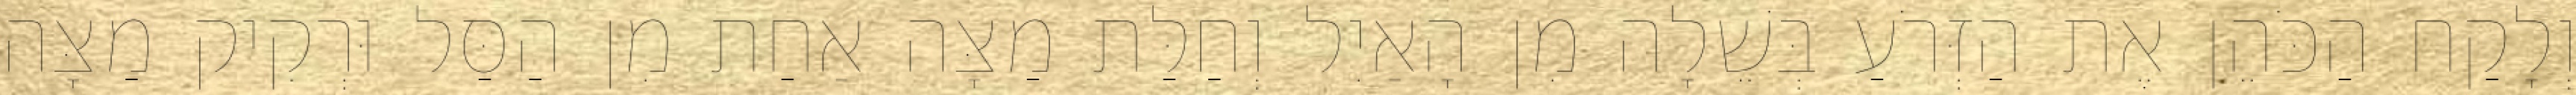
וְלָקַח הַכֹּהֵן אֶת הַזְּרֹעַ בְּשֵׁלָה מִן הָאַיִל וְחַלַּת מַצָּה אַחַת מִן הַסַּל וּרְקִיק מַצָּה